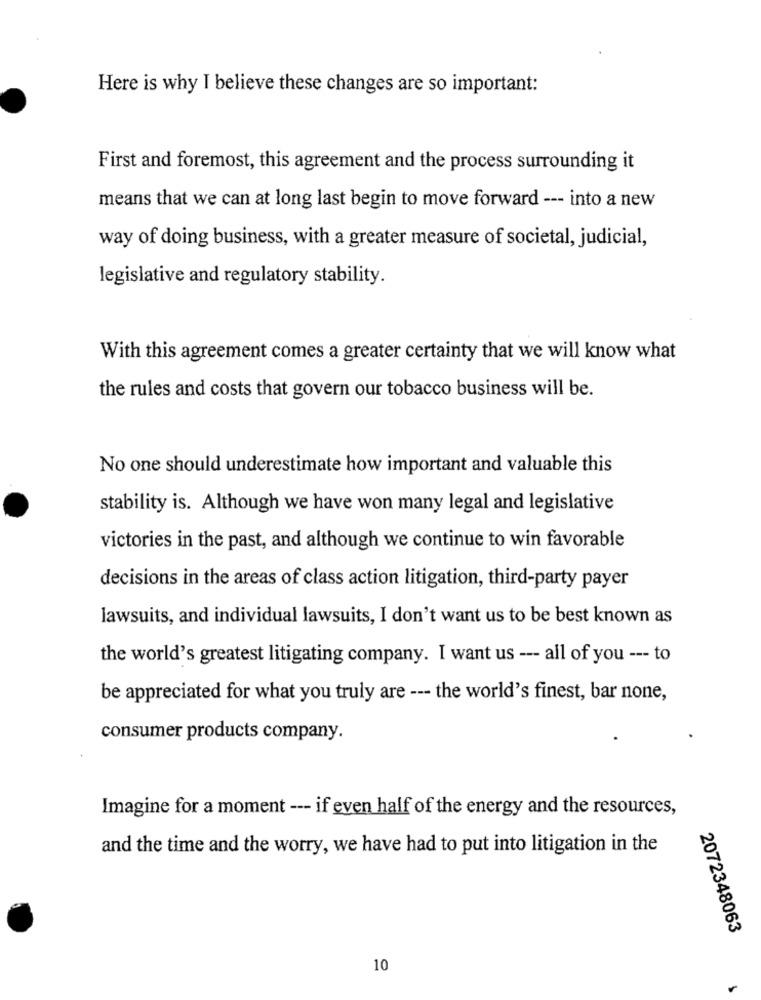
Here is why I believe these changes are so important:
First and foremost, this agreement and the process surrounding it
means that we can at long last begin to move forward --- into a new
way of doing business, with a greater measure of societal, judicial,
legislative and regulatory stability.
With this agreement comes a greater certainty that we will know what
the rules and costs that govern our tobacco business will be.
No one should underestimate how important and valuable this
stability is. Although we have won many legal and legislative
victories in the past, and although we continue to win favorable
decisions in the areas of class action litigation, third-party payer
lawsuits, and individual lawsuits, I don't want us to be best known as
the world's greatest litigating company. I want us --- all of you --- to
be appreciated for what you truly are --- the world's finest, bar none,
consumer products company.
Imagine for a moment --- if even half of the energy and the resources,
and the time and the worry, we have had to put into litigation in the
2072348063
10